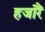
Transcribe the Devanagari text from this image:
हजारैं